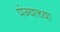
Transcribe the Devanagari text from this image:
पंज्याच्या